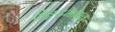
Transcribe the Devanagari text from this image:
वेङ्कटमाधव